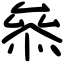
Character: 叅